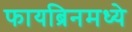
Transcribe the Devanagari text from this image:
फायब्रिनमध्ये